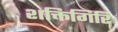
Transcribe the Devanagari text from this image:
शक्तिगिरि